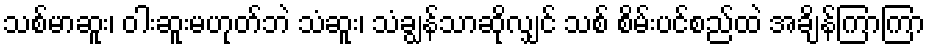
သစ်မာဆူး၊ ဝါးဆူးမဟုတ်ဘဲ သံဆူး၊ သံချွန်သာဆိုလျှင် သစ် စိမ်းပင်စည်ထဲ အချိန်ကြာကြာ